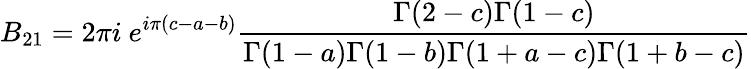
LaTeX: B_{21}=2\pi i~e^{i\pi(c-a-b)}\frac{\Gamma(2-c)\Gamma(1-c)}{\Gamma(1-a)\Gamma(1-b)\Gamma(1+a-c)\Gamma(1+b-c)}